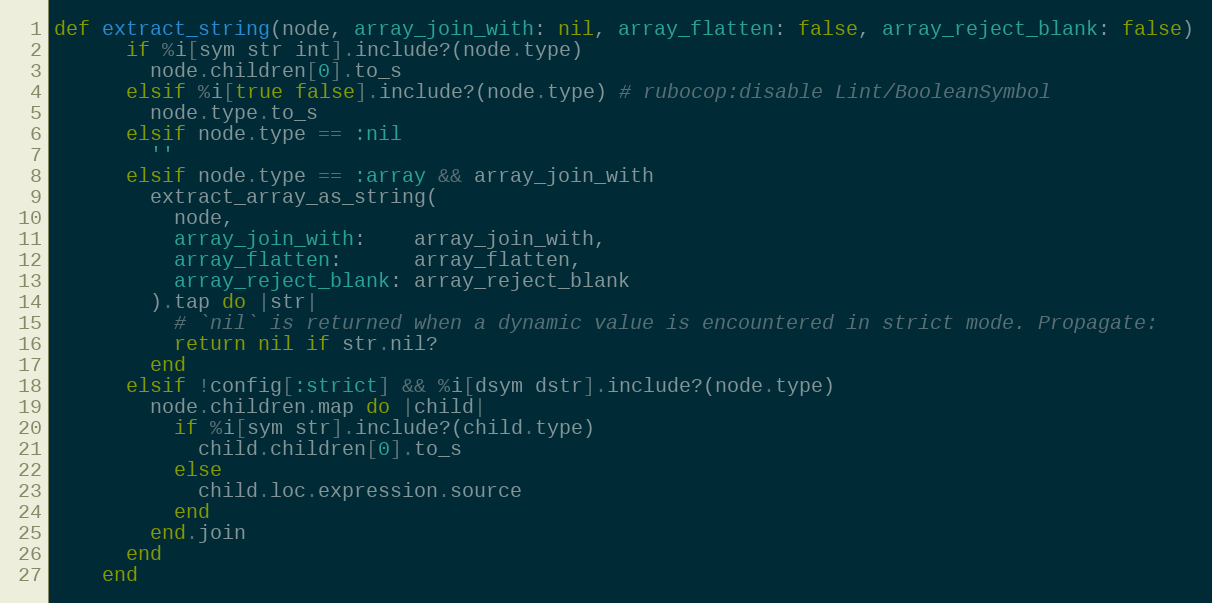
Language: Ruby
def extract_string(node, array_join_with: nil, array_flatten: false, array_reject_blank: false)
      if %i[sym str int].include?(node.type)
        node.children[0].to_s
      elsif %i[true false].include?(node.type) # rubocop:disable Lint/BooleanSymbol
        node.type.to_s
      elsif node.type == :nil
        ''
      elsif node.type == :array && array_join_with
        extract_array_as_string(
          node,
          array_join_with:    array_join_with,
          array_flatten:      array_flatten,
          array_reject_blank: array_reject_blank
        ).tap do |str|
          # `nil` is returned when a dynamic value is encountered in strict mode. Propagate:
          return nil if str.nil?
        end
      elsif !config[:strict] && %i[dsym dstr].include?(node.type)
        node.children.map do |child|
          if %i[sym str].include?(child.type)
            child.children[0].to_s
          else
            child.loc.expression.source
          end
        end.join
      end
    end